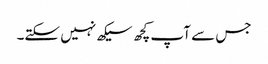
جس سے آپ کچھ سیکھ نہیں سکتے۔